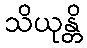
သိယုန္တိ